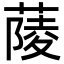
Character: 䔖